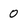
Character: 0